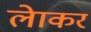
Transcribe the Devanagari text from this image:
लेाकर